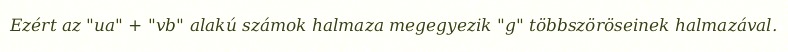
Ezért az "ua" + "vb" alakú számok halmaza megegyezik "g" többszöröseinek halmazával.